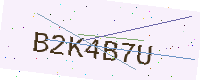
Text: B2K4B7U